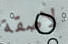
لاصقة